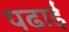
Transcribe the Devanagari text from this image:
पढार्इ